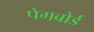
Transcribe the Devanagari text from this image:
पेगबोर्ड